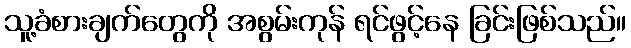
သူ့ခံစားချက်တွေကို အစွမ်းကုန် ရင်ဖွင့်နေ ခြင်းဖြစ်သည်။